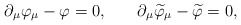
\begin{align*}\partial _\mu \varphi _\mu -\varphi =0 ,\hspace{0.3in}\partial _\mu \widetilde{\varphi }_\mu -\widetilde{\varphi }=0 , \end{align*}